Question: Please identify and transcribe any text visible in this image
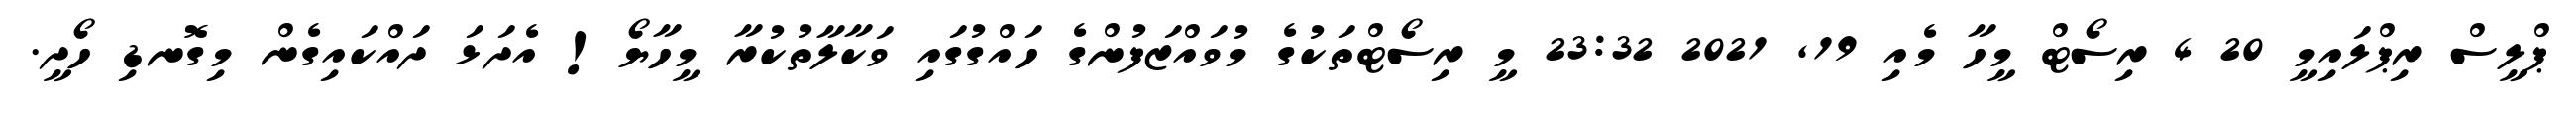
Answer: ޕްލީސް ރިޕްލައިމީ 20 4 ރިސޯޓް މީހާ މެއި 19, 2021 23:32 މީ ރިސޯޓްތަކުގެ މުވައްޒަފުންގެ ހައްގުގައި ވަކާލާތުކުރާ މީހާޔޯ! އެދަޅަ ދައްކައިގެން މިގޮނޑި ހޯދީ.